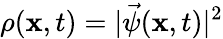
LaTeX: \rho(\mathbf{x},t)=|\vec{{\psi}}(\mathbf{x},t)|^{2}